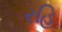
રહિ